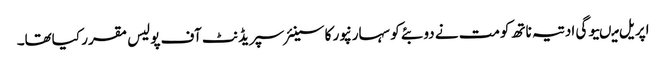
اپریل میںیوگی ادتیہ ناتھ کومت نے دوبئے کو سہارنپور کا سینئر سپریڈنٹ آف پولیس مقرر کیاتھا۔